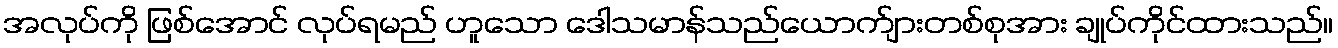
အလုပ်ကို ဖြစ်အောင် လုပ်ရမည် ဟူသော ဒေါသမာန်သည်ယောက်ျားတစ်စုအား ချုပ်ကိုင်ထားသည်။